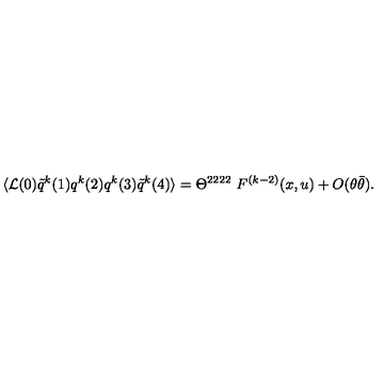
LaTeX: \langle { \cal L } ( 0 ) \tilde { q } ^ { k } ( 1 ) q ^ { k } ( 2 ) q ^ { k } ( 3 ) \tilde { q } ^ { k } ( 4 ) \rangle = \Theta ^ { 2 2 2 2 } \ F ^ { ( k - 2 ) } ( x , u ) + O ( \theta \bar { \theta } ) .